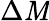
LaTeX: \Delta\mathit{M}